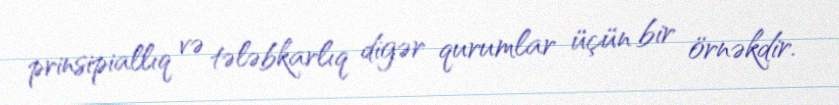
prinsipiallıq və tələbkarlıq digər qurumlar üçün bir örnəkdir.